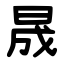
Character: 晟